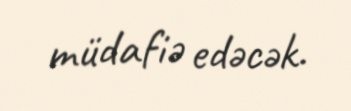
müdafiə edəcək.